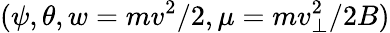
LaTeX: (\psi,\theta,w=mv^{2}/2,\mu=mv_{\perp}^{2}/2B)